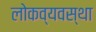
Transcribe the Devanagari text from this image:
लोकव्यवस्था